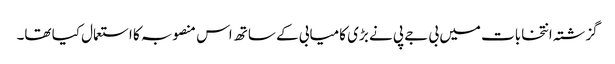
گزشتہ انتخابات میں بی جے پی نے بڑی کامیابی کے ساتھ اس منصوبہ کا استعمال کیا تھا۔